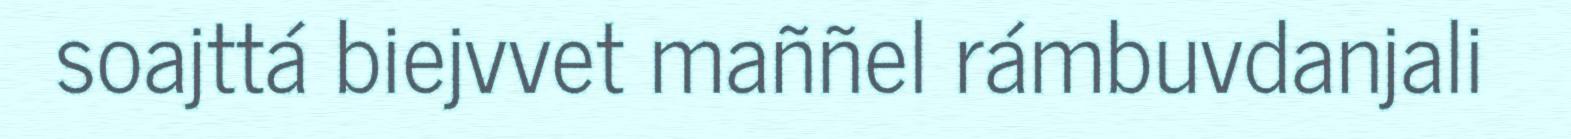
soajttá biejvvet maññel rámbuvdanjali